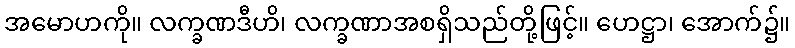
အမောဟကို။ လက္ခဏဒီဟိ၊ လက္ခဏာအစရှိသည်တို့ဖြင့်။ ဟေဋ္ဌာ၊ အောက်၌။